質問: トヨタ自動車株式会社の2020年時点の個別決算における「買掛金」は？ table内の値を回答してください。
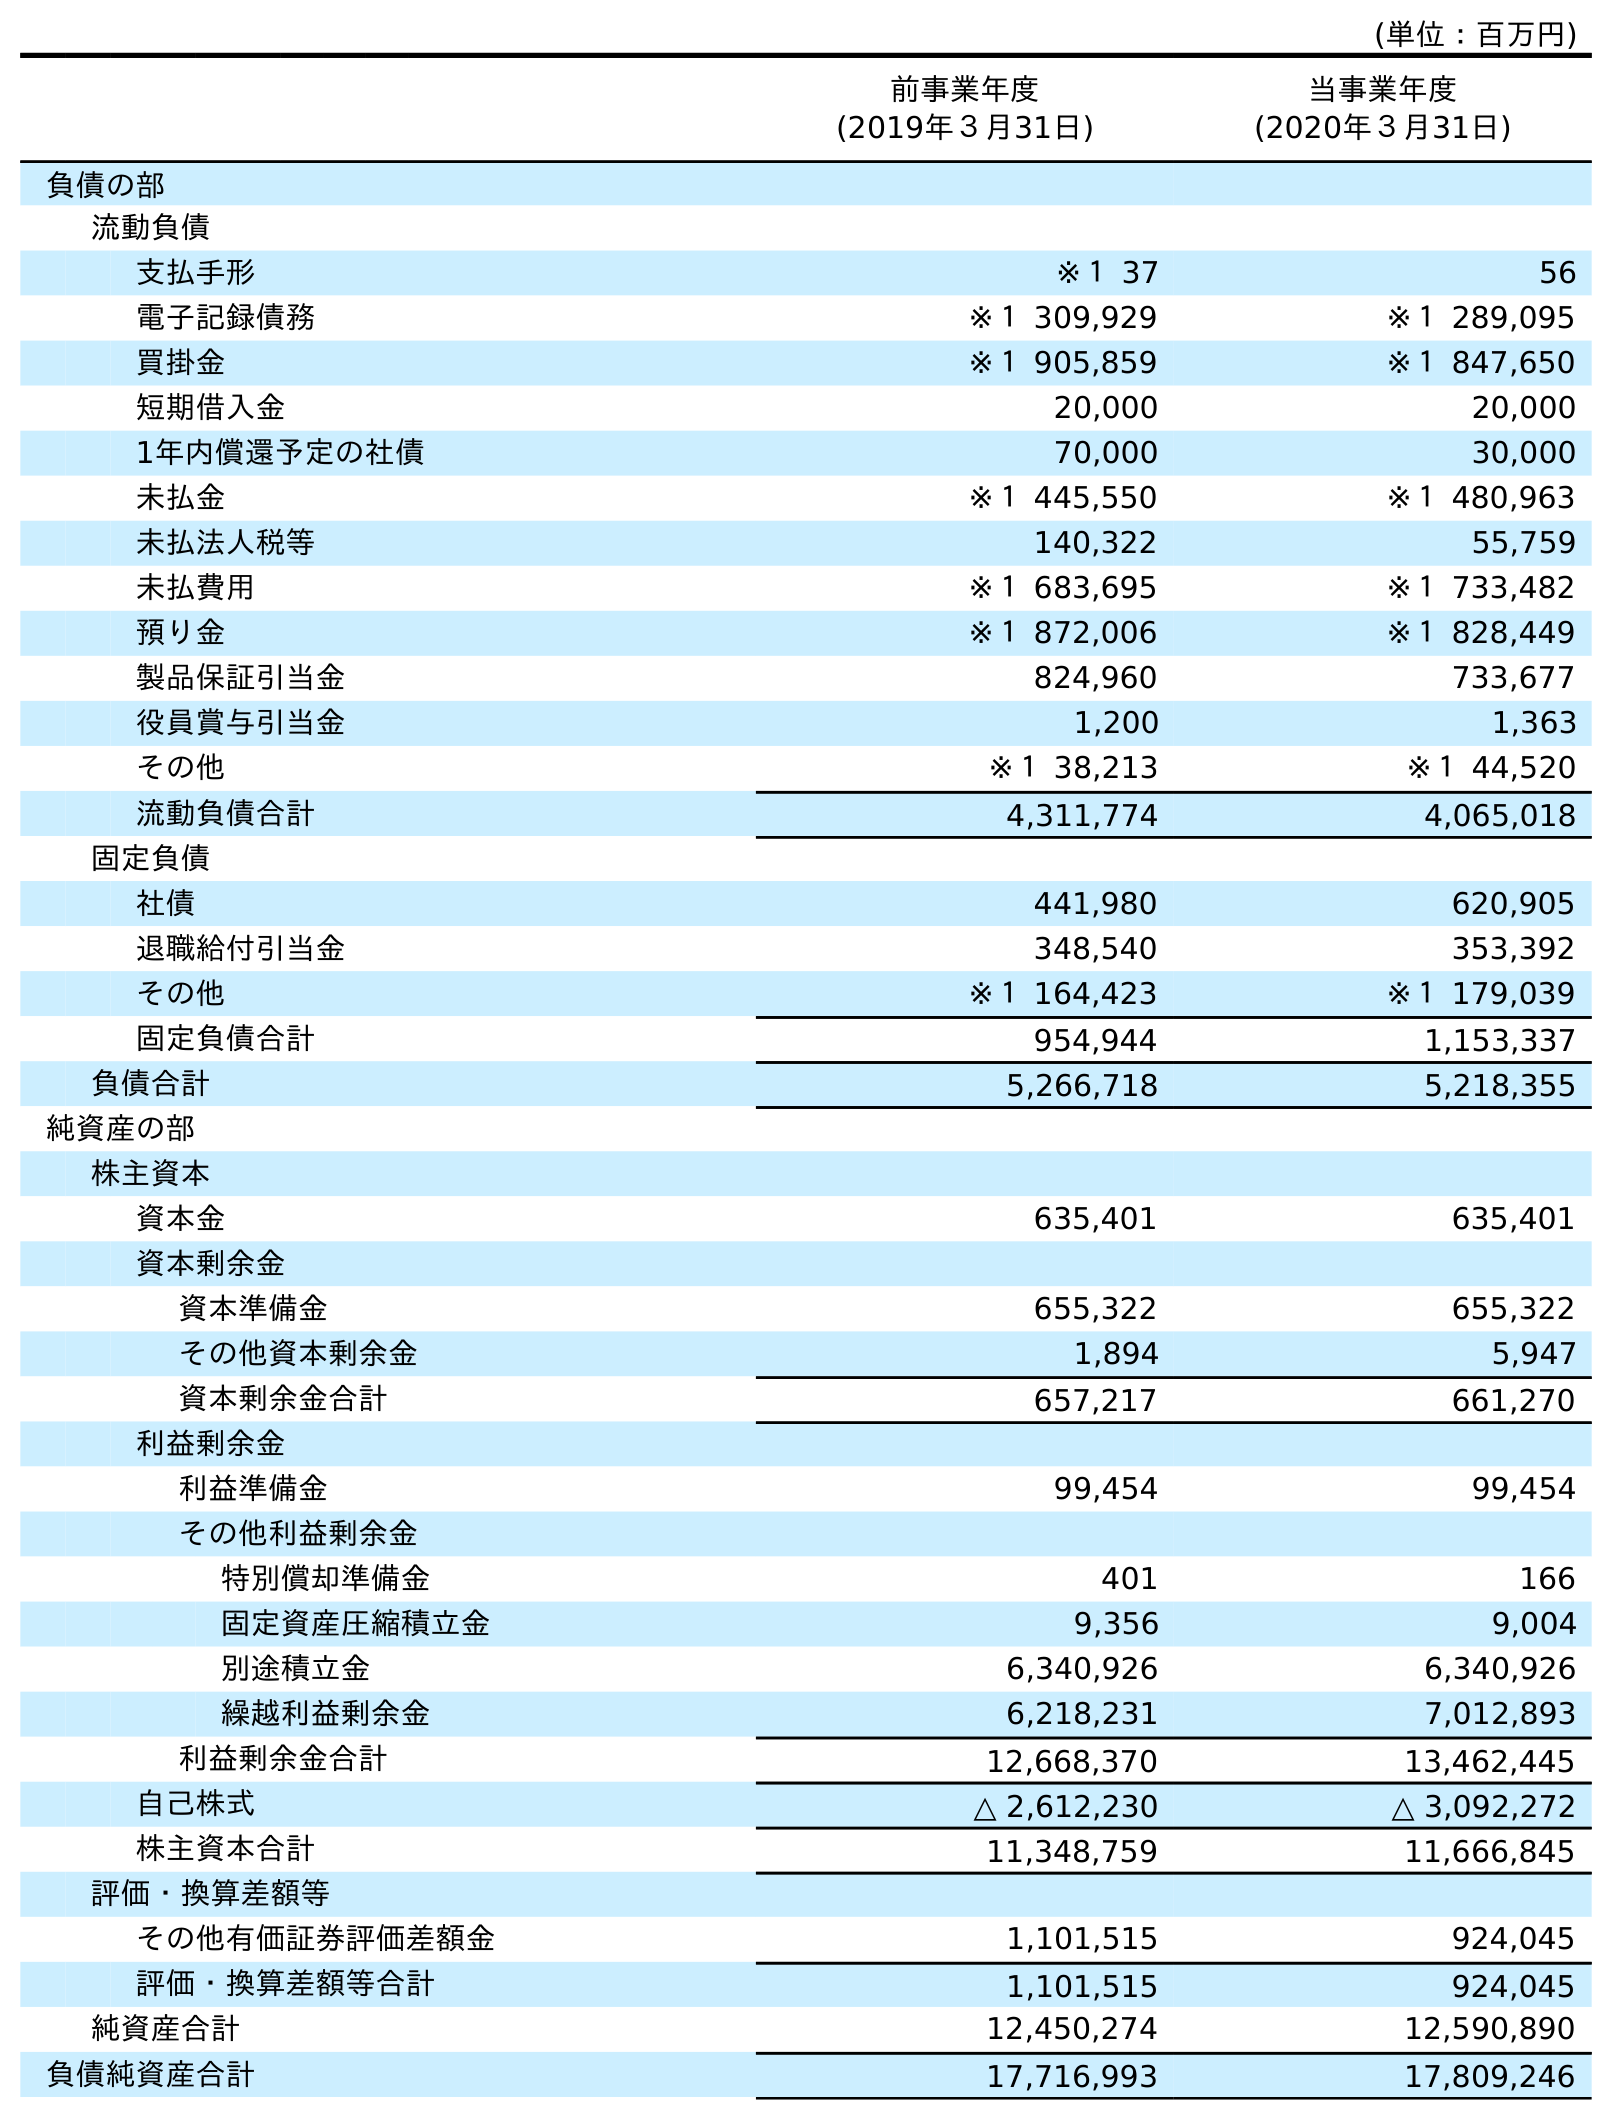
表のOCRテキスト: (単位：百万円) 前事業年度 (2019年３月31日) 当事業年度 (2020年３月31日) 負債の部 流動負債 支払手形 ※１ 37 56 電子記録債務 ※１ 309,929 ※１ 289,095 買掛金 ※１ 905,859 ※１ 847,650 短期借入金 20,000 20,000 1年内償還予定の社債 70,000 30,000 未払金 ※１ 445,550 ※１ 480,963 未払法人税等 140,322 55,759 未払費用 ※１ 683,695 ※１ 733,482 預り金 ※１ 872,006 ※１ 828,449 製品保証引当金 824,960 733,677 役員賞与引当金 1,200 1,363 その他 ※１ 38,213 ※１ 44,520 流動負債合計 4,311,774 4,065,018 固定負債 社債 441,980 620,905 退職給付引当金 348,540 353,392 その他 ※１ 164,423 ※１ 179,039 固定負債合計 954,944 1,153,337 負債合計 5,266,718 5,218,355 純資産の部 株主資本 資本金 635,401 635,401 資本剰余金 資本準備金 655,322 655,322 その他資本剰余金 1,894 5,947 資本剰余金合計 657,217 661,270 利益剰余金 利益準備金 99,454 99,454 その他利益剰余金 特別償却準備金 401 166 固定資産圧縮積立金 9,356 9,004 別途積立金 6,340,926 6,340,926 繰越利益剰余金 6,218,231 7,012,893 利益剰余金合計 12,668,370 13,462,445 自己株式 △ 2,612,230 △ 3,092,272 株主資本合計 11,348,759 11,666,845 評価・換算差額等 その他有価証券評価差額金 1,101,515 924,045 評価・換算差額等合計 1,101,515 924,045 純資産合計 12,450,274 12,590,890 負債純資産合計 17,716,993 17,809,246
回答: ※１847,650